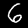
Digit: 6